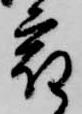
宿